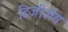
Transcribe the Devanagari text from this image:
डिजीज़ेस